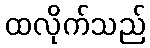
ထလိုက်သည်